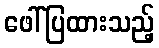
ဖေါ်ပြထားသည့်